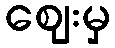
ဈေးမှ